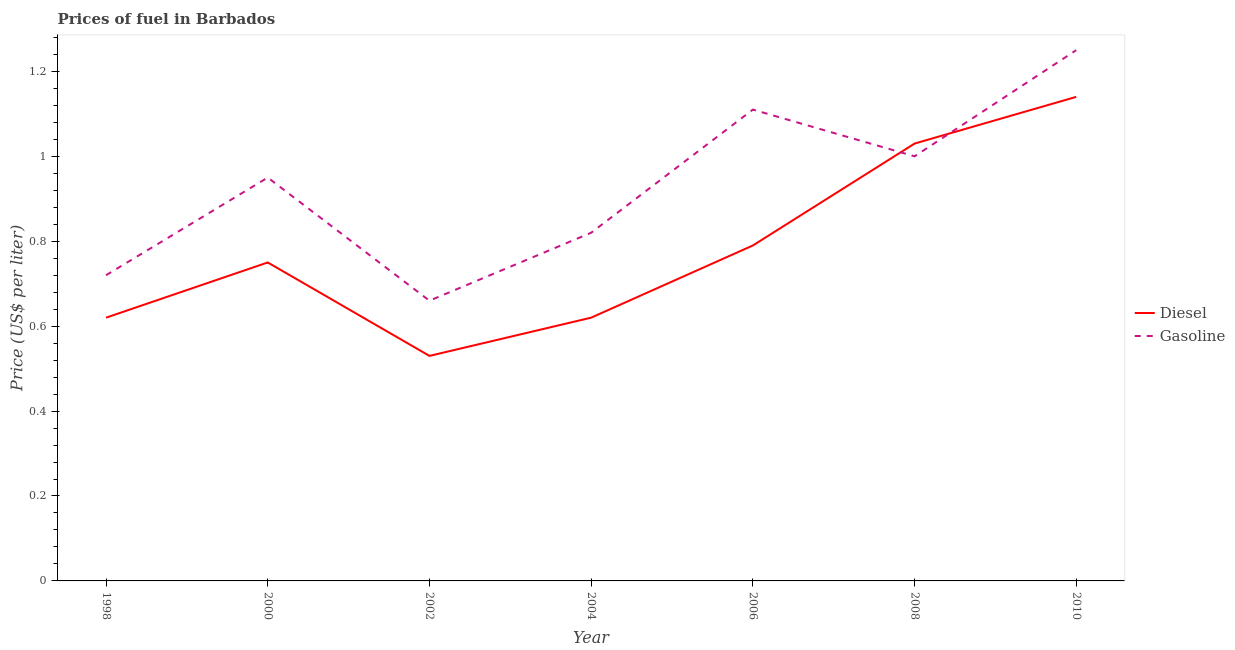
| Year | Diesel | Gasoline |
 | --- | --- | --- |
 | 1998 | 0.62 | 0.72 |
 | 2000 | 0.75 | 0.95 |
 | 2002 | 0.53 | 0.66 |
 | 2004 | 0.62 | 0.82 |
 | 2006 | 0.79 | 1.11 |
 | 2008 | 1.03 | 1 |
 | 2010 | 1.14 | 1.25 |